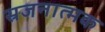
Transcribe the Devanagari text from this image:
स्रजनात्मक